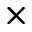
\times